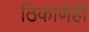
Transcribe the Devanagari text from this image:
ठिकाणेही